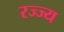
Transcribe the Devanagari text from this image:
रज्ज्य